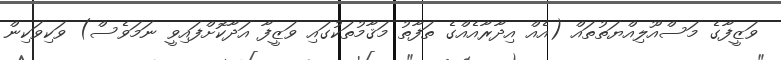
ވަޒީފާގެ މަސްއޫލިއްޔަތުތައް (އެއް އިދާރާއެއްގެ ތަފާތު މަޤާމުތަކުގައި ވަޒީފާ އަދާކޮށްފައިވީ ނަމަވެސް) ވަކިވަކިން